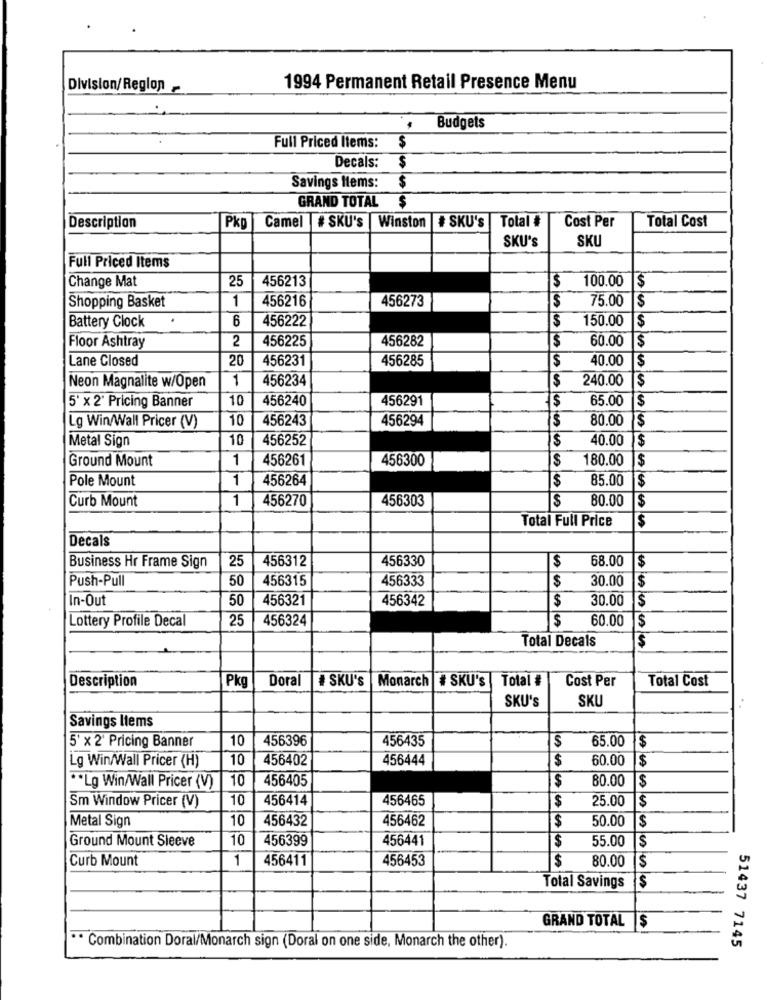
Division/Region
1994 Permanent Retail Presence Menu
Budgets
Full Priced Items:
$
Decals:
$
Savings Items:
$
GRAND TOTAL $
Camel # SKU's
Total #
Cost Per
Total Cost
Description
Pkp
Winston # SKU's
SKU'S
SKU
Full Priced Items
Change Mat
25
100.00
456213
$
456216
456273
Shopping Basket
1
$
75.00 $
Battery Clock
6
456222
$
150.00
$
2
456225
456282
60.00
Floor Ashtray
$
Lane Closed
20
456231
456285
$
40.00
$
1
456234
$
240.00
Neon Magnalite w/Open
5' x 2' Pricing Banner
10
456240
456291
65.00
$
10
456243
456294
$
80.00
$
Lg Win/Wall Pricer (V)
10
456252
$
40.00
$
Metal Sign
Ground Mount
1
456261
456300
$
180.00
$
Pole Mount
1
456264
$
85.00
$
Curb Mount
1
456270
456303
$
80.00
$
Total Full Price
$
Decals
25
456312
456330
$
68.00
$
Business Hr Frame Sign
Push-Pull
50
456315
456333
$
30.00
$
In-Out
50
456321
456342
$
30.00
$
Lottery Profile Decal
25
456324
$
60.00
$
Total Decals
$
Description
Pkg
Doral
# SKU's
Monarch # SKU's | Total #
Cost Per
Total Cost
SKU'S
SKU
Savings Items
10
456396
456435
$
65.00
$
5' x 2' Pricing Banner
10
456402
456444
$
60.00
$
Lg Win/Wall Pricer (H)
10
456405
$
80.00
$
** Lg Win/Wall Pricer (V)
10
456414
456465
$
25.00
$
Sm Window Pricer (V)
Metal Sign
10
456432
456462
$
50.00
$
Ground Mount Sleeve
10
456399
456441
$
55.00
$
Curb Mount
1
456411
456453
80.00
$
$
$
Total Savings
GRAND TOTAL $
** Combination Doral/Monarch sign (Doral on one side, Monarch the other).
51437 7145